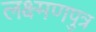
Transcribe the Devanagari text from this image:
लक्ष्मणपुत्र